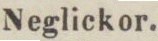
Neglickor.